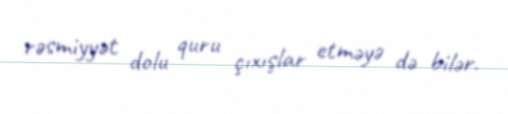
rəsmiyyət dolu quru çıxışlar etməyə də bilər.